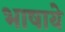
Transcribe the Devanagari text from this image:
भाषाये